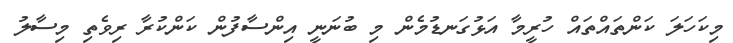
މިކަހަލަ ކަންތައްތައް ހުރީމާ އަޅުގަނޑުމެން މި ބުނަނީ އިންސާފުން ކަންކުރާ ރިވެތި މިސާލު